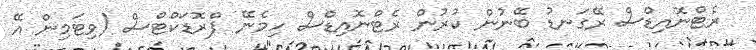
ރެޓްނޮއިޑްސް ރޭގަނޑު ބޭނުން ކުރުން ރެޓްނޮއިޑްސް ހިމެނޭ ޕްރޮޑަކްޓްސް (ވިޓަމިން އޭ